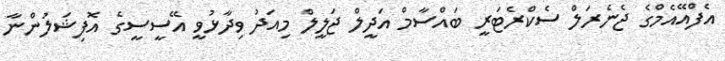
އެފްއޭއެމްގެ ޖެނެރަލް ސެކްރެޓަރީ ބައްސާމް އަދީލް ޖަލީލް މިއަދު ވިދާޅުވީ އޭސީސީގެ އޮފިޝަލުންނާ